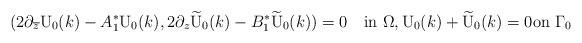
\begin{align*}(2\partial_{\overline z}{\mbox U}_{0}(k) -A^*_1{\mbox U}_{0}(k), 2\partial_{ z}\widetilde {\mbox U}_{0}(k) -B^*_1 \widetilde{\mbox U}_{0}(k))=0\quad\mbox{in}\,\,\Omega,{\mbox U}_{0}(k)+\widetilde {\mbox U}_{0}(k)=0\mbox{on}\,\,\Gamma_0\end{align*}